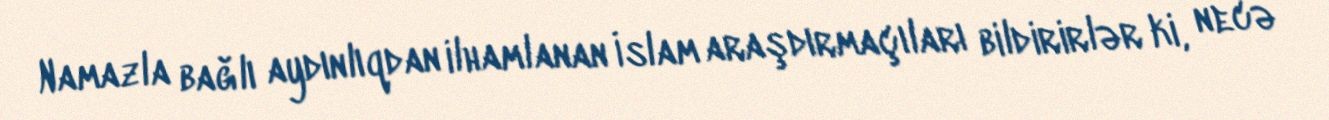
Namazla bağlı aydınlıqdan ilhamlanan İslam araşdırmaçıları bildirirlər ki, necə